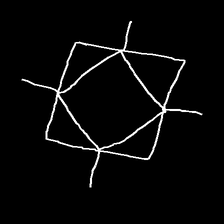
Glyph: light